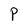
Character: P